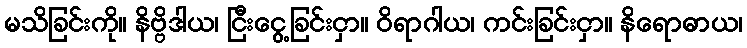
မသိခြင်းကို။ နိဗ္ဗိဒါယ၊ ငြီးငွေ့ခြင်းငှာ။ ဝိရာဂါယ၊ ကင်းခြင်းငှာ။ နိရောဓာယ၊